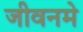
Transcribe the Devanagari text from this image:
जीवनमे